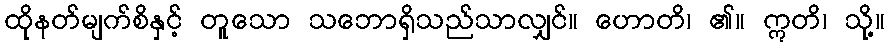
ထိုနတ်မျက်စိနှင့် တူသော သဘောရှိသည်သာလျှင်။ ဟောတိ၊ ၏။ ဣတိ၊ သို့။